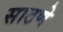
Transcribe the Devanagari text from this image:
साठणे